Lunatic asylums Central Provinces reports 1895-1909 - 1895-1909
Year: 1895
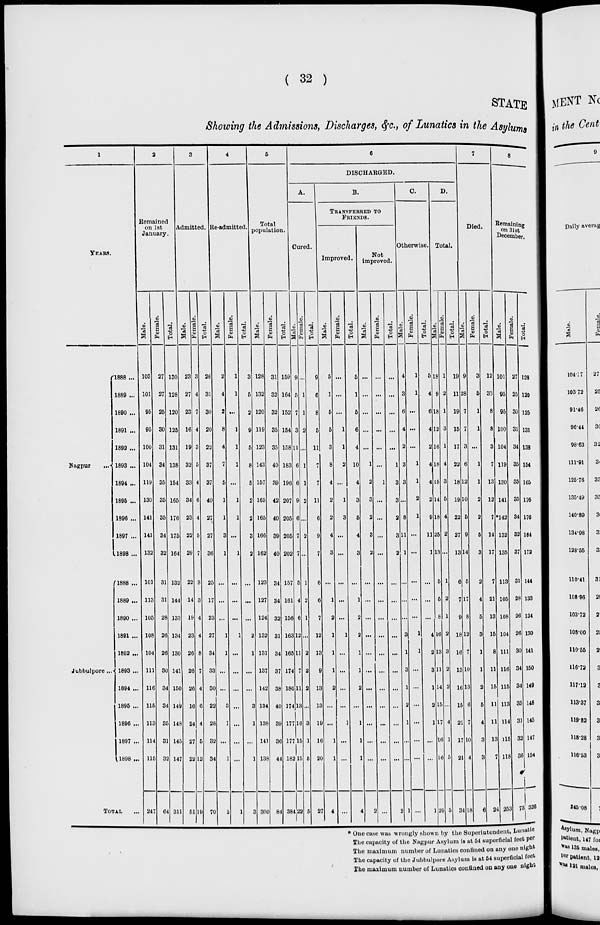
( 32 )
STATE
Showing the Admissions, Discharges, &c., of Lunatics in the Asylums
1
YEARS.
Nagpur
...
Jubbulpore...
1888 ...
1889 ...
1890 ...
1891 ...
1892 ...
1893 ...
1894 ...
1895 ...
1896 ...
1897 ...
1898 ...
1888 ...
1889 ...
1890 ...
1891 ...
1892 ...
1893 ...
1894 ...
1895 ...
1896 ...
1897 ...
1898 ...
TOTAL ...
2
Remained
on 1st
January.
Male.
103
101
95
95
100
104
119
130
141
141
132
101
113
105
108
104
111
116
115
113
114
115
247
Female.
27
27
25
30
31
34
35
35
35
34
32
31
31
28
26
26
30
34
34
35
31
32
64
Total.
130
128
120
125
131
138
154
165
176
175
164
132
144
133
134
130
141
150
149
148
145
147
311
3
Admitted.
Male.
23
27
23
16
19
32
33
34
23
22
29
22
14
19
23
26
26
26
16
24
27
22
51
Female.
3
4
7
4
3
5
4
6
4
5
7
3
3
4
4
8
7
4
6
4
5
12
51
Total.
26
31
30
20
22
37
37
40
27
27
36
25
17
23
27
34
33
30
22
28
32
34
70
4
Re-admitted
Male.
2
4
2
8
4
7
5
1
1
3
1
...
...
...
1
1
...
...
3
1
...
1
2
Female.
1
1
...
1
1
1
...
1
1
...
1
...
...
...
1
...
...
...
...
...
...
...
1
Total.
3
5
2
9
5
8
5
2
2
3
2
...
...
...
2
1
...
...
3
1
...
1
3
5
Total
population.
Male.
128
132
120
119
123
143
157
165
165
166
162
123
127
124
132
131
137
142
134
138
141
138
300
Female.
31
32
32
35
35
40
39
42
40
39
40
34
34
32
31
34
37
38
40
39
36
44
84
Total.
159
164
152
154
158
183
196
207
205
205
202
157
161
156
163
165
174
180
174
177
177
182
384
6
DISCHARGED.
A.
Cured.
Male.
9
5
7
3
11
6
6
9
6
7
7
5
4
6
12
11
7
11
13
16
15
15
22
Female.
...
1
1
2
...
1
1
2
...
2
...
1
2
1
...
2
2
2
...
3
1
5
5
Total.
9
6
8
5
11
7
7
11
6
9
7
6
6
7
12
13
9
13
13
19
16
20
27
B.
TRANSFERRED
TO
FRIENDS.
Improved.
Male.
5
1
5
5
3
8
4
2
2
4
3
...
1
2
1
1
1
2
...
...
1
1
4
Female.
...
...
...
1
1
2
...
1
3
...
...
...
...
...
1
...
...
...
...
1
...
...
...
Total.
5
1
5
6
4
10
4
3
5
4
3
...
1
2
2
1
1
2
...
1
1
1
4
Not
improved.
Male.
...
...
...
...
...
1
2
3
2
3
2
...
...
...
...
...
...
...
...
...
1 ...
1 ...
2
Female.
...
...
...
...
...
...
1
...
...
...
...
...
...
...
...
...
...
...
...
...
...
...
...
Total.
...
...
...
...
...
1
3
3
2
3
2
...
...
...
...
...
...
...
...
...
...
...
2
C.
Otherwise.
Male.
4
3
6
4
2
3
3
....
8
11
1
...
...
...
3
1
3
1
2
1
...
...
1
Female.
1
1
...
...
...
1
1
2
1
...
...
...
...
...
1
1
...
...
...
...
...
...
...
Total.
5
4
6
4
2
4
4
2
9
11
1
...
...
...
4
2
3
1
2
1
...
...
1
D.
Total.
Male.
18
9
18
12
16
18
15
14
18
25
13
5
5
6
16
12
11
14
15
17
16
16
29
Female.
1
2
1
3
1
4
3
5
4
2
...
1
2
1
2
3
2
2
...
4
1
5
5
Total.
19
11
19
15
17
22
18
19
22
27
13
6
7
7
18
16
13
16
15
21
17
21
34
7
Died.
Male.
9
28
7
7
3
6
12
10
5
9
14
5
17
8
12
7
10
13
6
7
10
4
18
Female.
3
5
1
1
...
1
1
2
2
5
3
2
4
5
3
1
1
2
5
4
3
3
6
Total.
12
33
8
8
3
7
13
12
7
14
17
7
21
13
15
8
11
15
11
11
13
7
24
8
Remaining
on 31st
December.
Male.
101
95
95
100
104
119
130
141
*142
132
135
113
105
108
104
111
116
115
113
114
115
118
253
Female.
27
25
30
31
34
35
35
35
34
32
37
31
28
26
26
30
34
34
35
31
32
36
73
Total.
128
120
125
131
138
154
165
176
176
164
172
144
133
134
130
141
150
149
148
145
147
154
326
* One case was wrongly shown by the Superintendent, Lunatic
The capacity of the Nagpur Asylum is at 54 superficial feet per
The maximum number of Lunatics confined on any one night
The capacity of the Jubbulpore Asylum is at 54 superficial feet
The maximum number of Lunatics confined on any one night